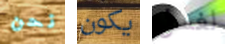
نحن يكون لغسل